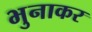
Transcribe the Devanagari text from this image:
भुनाकर